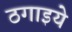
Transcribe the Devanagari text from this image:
ठगाइये